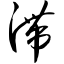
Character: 滞